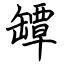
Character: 罈